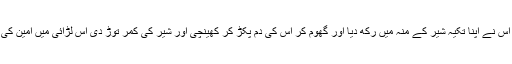
امین کے پاس اسلحہ نہیں تھا جب شیر نے اس پر حملہ کیا تو اس نے اپنا تکیہ شیر کے منہ میں رکھ دیا اور گھوم کر اس کی دم پکڑ کر کھینچی اور شیر کی کمر توڑ دی اس لڑائی میں امین کی انگلیاں اپنی جگہ سے ہت گئیں جو طبیبوں نے ٹھیک کر دیں۔